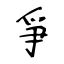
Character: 爭